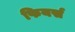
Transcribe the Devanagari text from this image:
फियर्स